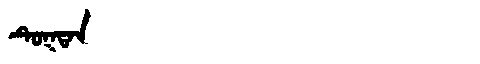
Manchu: ᡨᡠᡴᡨᠠᠨ
Romanization: TUKTAN